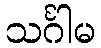
သင်္ဂါမ